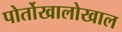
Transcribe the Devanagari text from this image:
पोर्तोखालोखाल